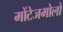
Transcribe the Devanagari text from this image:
मोंटेजमोलो